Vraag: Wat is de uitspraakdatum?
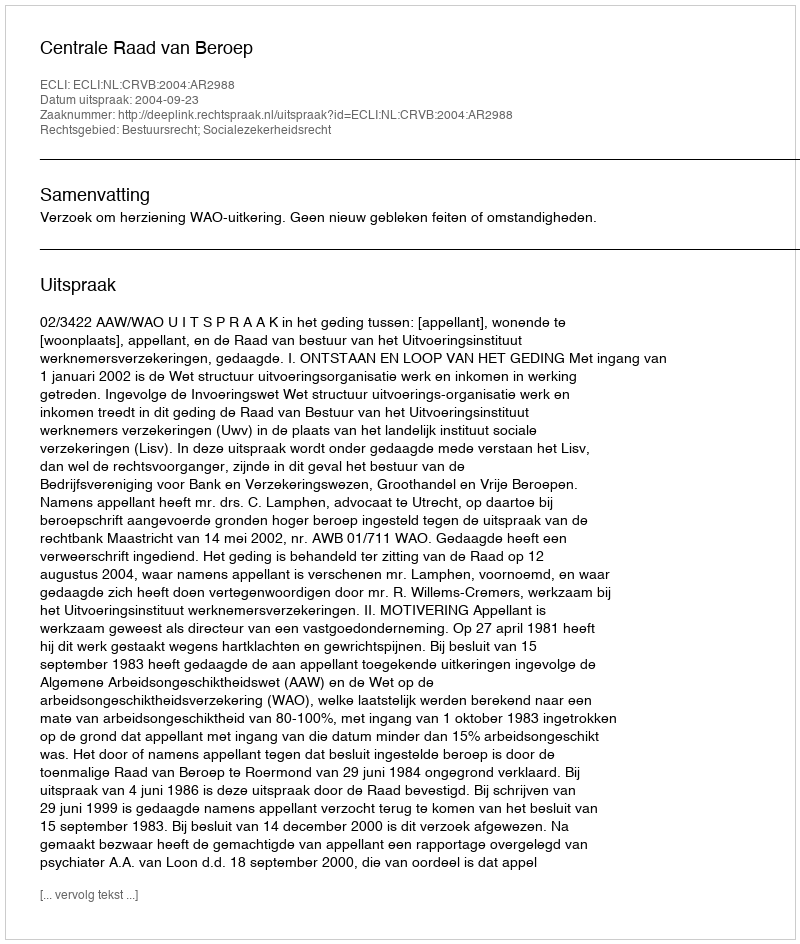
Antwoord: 2004-09-23